Problem: 9 × 9 = ?
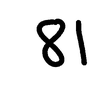
Handwritten answer: 81